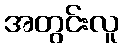
အတွင်းလူ